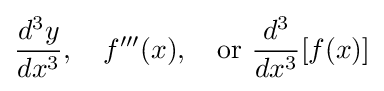
{\frac {d^{3}y}{dx^{3}}},\quad f'''(x),\quad {\text{or }}{\frac {d^{3}}{dx^{3}}}[f(x)]